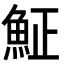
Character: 𩶝